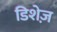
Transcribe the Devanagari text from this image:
डिशेज़